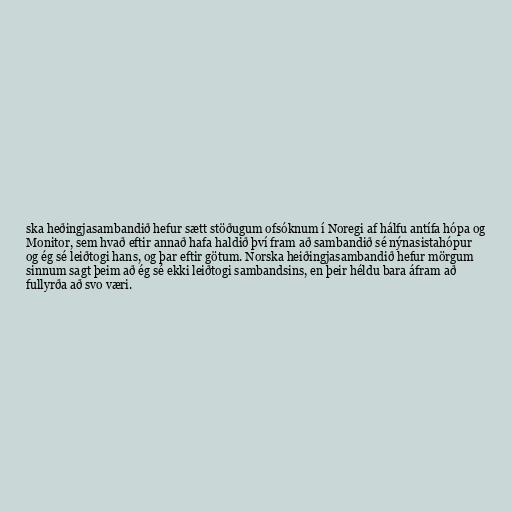
ska heðingjasambandið hefur sætt stöðugum ofsóknum í Noregi af hálfu antífa hópa og
Monitor, sem hvað eftir annað hafa haldið því fram að sambandið sé nýnasistahópur
og ég sé leiðtogi hans, og þar eftir götum. Norska heiðingjasambandið hefur mörgum
sinnum sagt þeim að ég sé ekki leiðtogi sambandsins, en þeir héldu bara áfram að
fullyrða að svo væri.